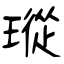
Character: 瑽